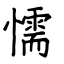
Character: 懦